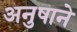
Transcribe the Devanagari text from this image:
अनुषाने